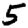
Digit: 5